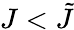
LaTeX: J<\tilde{J}